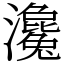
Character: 瀺